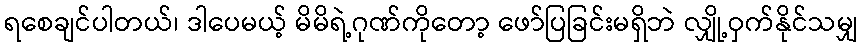
ရစေချင်ပါတယ်၊ ဒါပေမယ့် မိမိရဲ့ဂုဏ်ကိုတော့ ဖော်ပြခြင်းမရှိဘဲ လျှို့ဝှက်နိုင်သမျှ